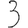
Digit: 3